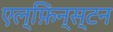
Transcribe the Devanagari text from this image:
एल्फ़िन्स्टन